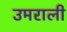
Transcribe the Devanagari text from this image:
उमराली